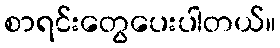
စာရင်းတွေပေးပါတယ်။